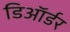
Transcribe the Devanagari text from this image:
डिऑर्डर